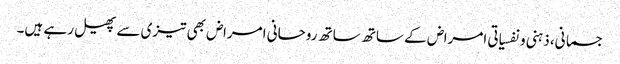
جسمانی، ذہنی ونفسیاتی امراض کے ساتھ ساتھ روحانی امراض بھی تیزی سے پھیل رہے ہیں۔